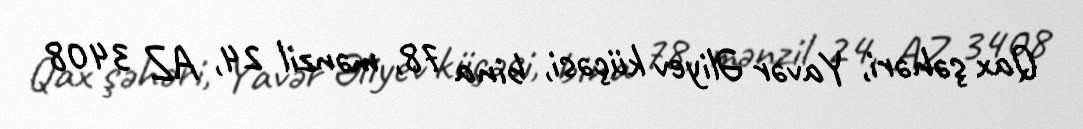
Qax şəhəri, Yavər Əliyev küçəsi, bina 78, mənzil 24, AZ 3408